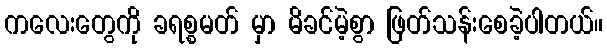
ကလေးတွေကို ခရစ္စမတ် မှာ မိခင်မဲ့စွာ ဖြတ်သန်းစေခဲ့ပါတယ်။